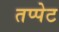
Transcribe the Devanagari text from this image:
तप्पेट